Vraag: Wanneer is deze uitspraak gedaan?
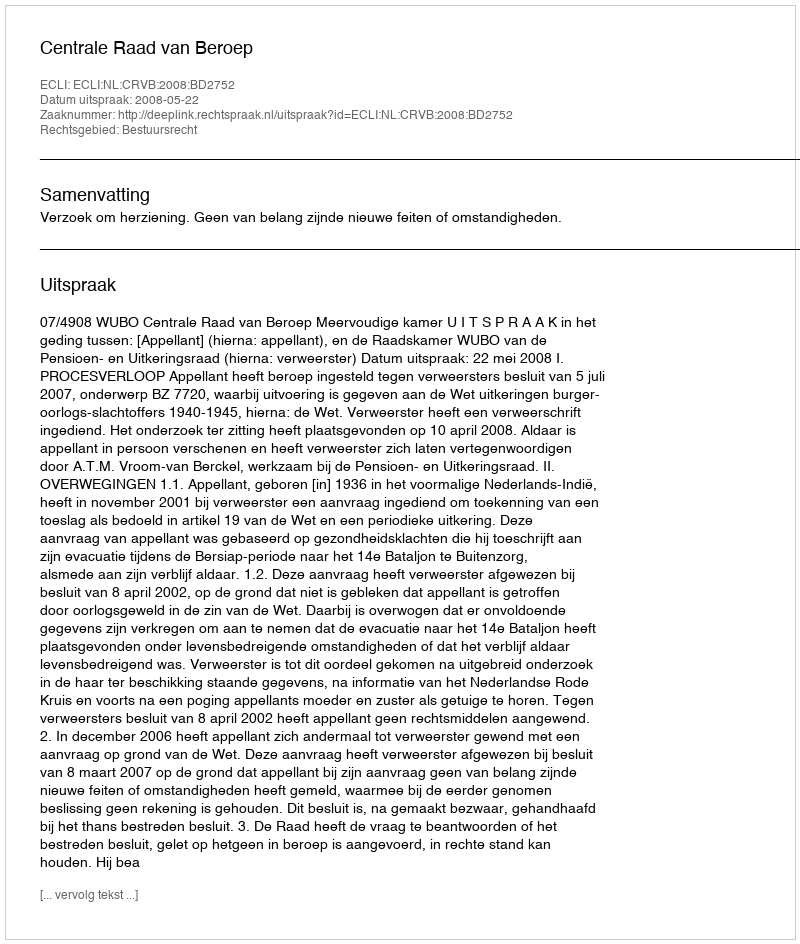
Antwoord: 2008-05-22